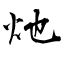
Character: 灺